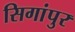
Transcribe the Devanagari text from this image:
सिगांपुर